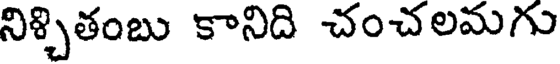
నిశ్చితంబు కానిది చంచలమగు